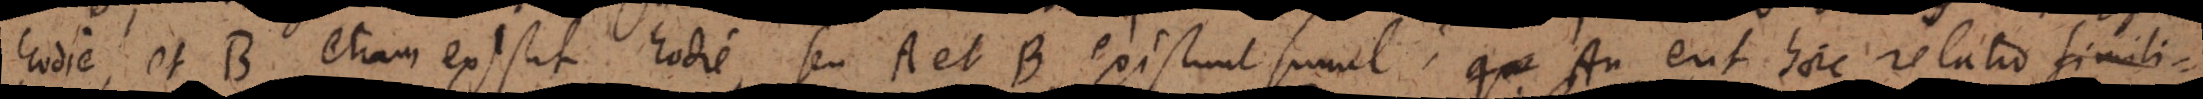
hodie, et B etiam existit hodie, seu A et B existunt simul? An erit haec relatio